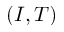
( I , T )